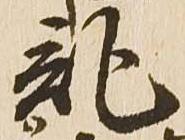
記